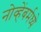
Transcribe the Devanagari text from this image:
नोव्हेंबर्मध्ये